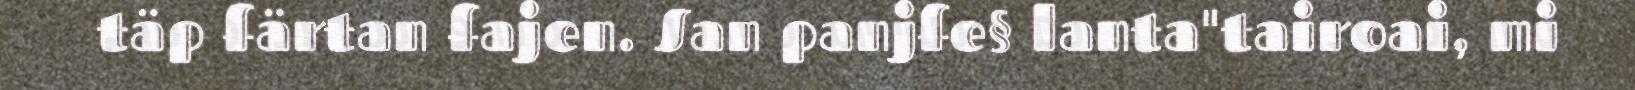
täp färtan fajen. San panjfe§ lanta"tairoai, mi